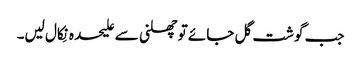
جب گوشت گل جائے تو چھلنی سے علیحدہ نِکال لیں۔